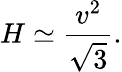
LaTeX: H\simeq\frac{v^{2}}{\sqrt{3}}.